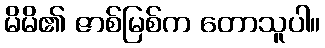
မိမိ၏ ဇာစ်မြစ်က တောသူပါ။